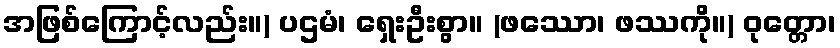
အဖြစ်ကြောင့်လည်း။) ပဌမံ၊ ရှေးဦးစွာ။ (ဖဿော၊ ဖဿကို။) ဝုတ္တော၊